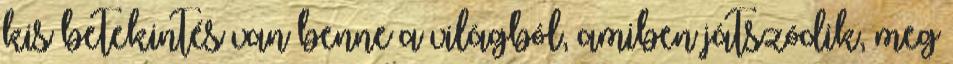
kis betekintés van benne a világból, amiben játszódik, meg